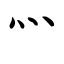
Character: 灬